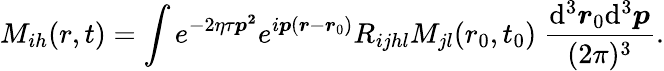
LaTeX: M_{ih}(r,t)=\int e^{-2\eta\tau\boldsymbol{p^{2}}}e^{i\boldsymbol{p}(\boldsymbol{r}-\boldsymbol{r}_{0})}R_{ijhl}M_{jl}(r_{0},t_{0})~\frac{\mathrm{d}^{3}\boldsymbol{r}_{0}\mathrm{d}^{3}\boldsymbol{p}}{(2\pi)^{3}}.